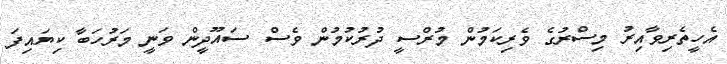
އެހީތެރިވާއިރު މިސްރުގެ ވެރިކަމުން މުރްސީ ދުރުކުމުން ވެސް ސައޫދީން ވަނީ މަރުހަބާ ކިޔައިފަ